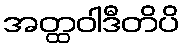
အတ္ထဝါဒီတိပိ